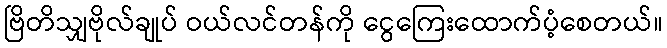
ဗြိတိသျှဗိုလ်ချုပ် ဝယ်လင်တန်ကို ငွေကြေးထောက်ပံ့စေတယ်။